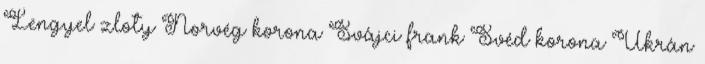
Lengyel zloty Norvég korona Svájci frank Svéd korona Ukrán